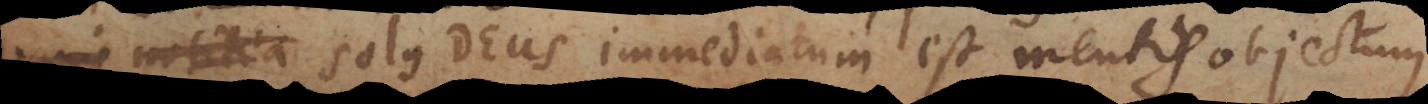
notitia solus Deus immediatum est mentis objectum